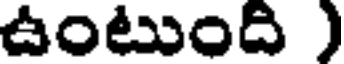
ఉంటుంది )